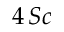
4 \, S c